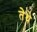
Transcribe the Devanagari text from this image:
तेेथे